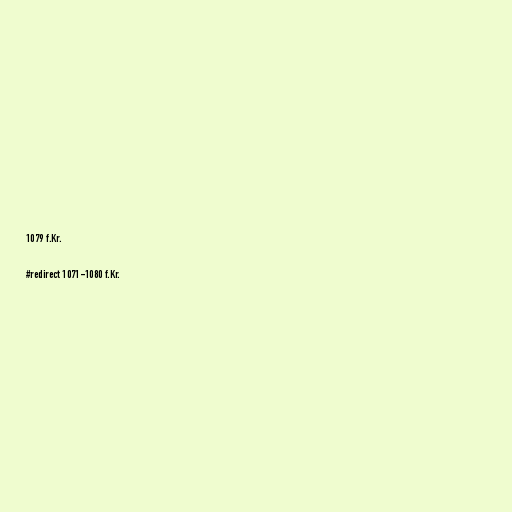
1079 f.Kr.

#redirect 1071-1080 f.Kr.